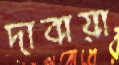
দাবায়া